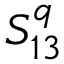
S _ { 1 3 } ^ { q }